Vaccination North-Western Provinces and Oudh 1878-1895 - 1878-1895
Year: 1878
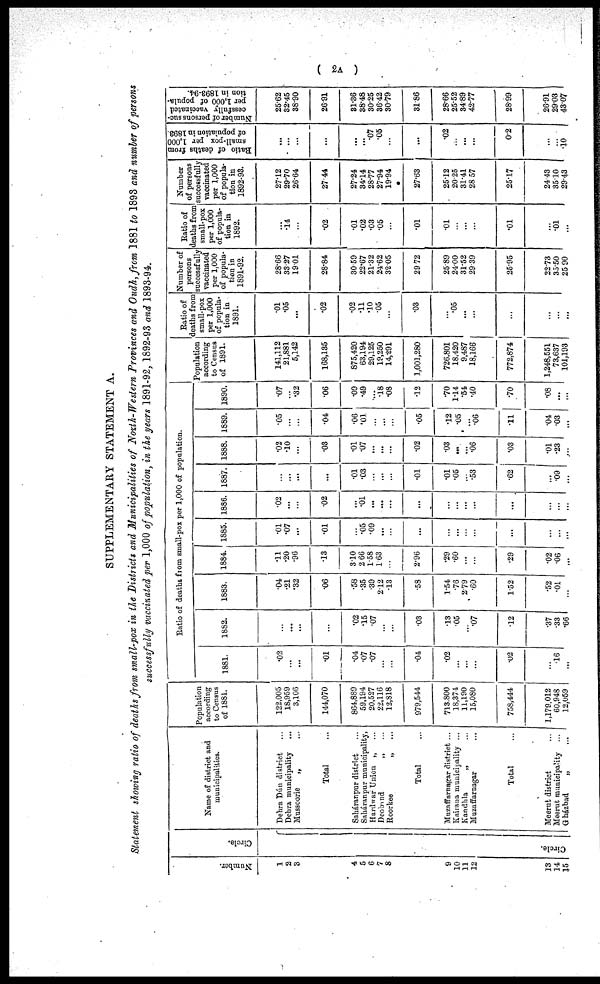
( 2A )
SUPPLEMENTARY STATEMENT A.
Statement showing ratio of deaths from small-pox in the Districts and Municipalities of North-Western Provinces and Oudh, from 1881 to 1893 and number of persons
successfully vaccinated per 1,000 of population, in the years 1891-92, 1892-93 and 1893-94.
Number.
1
2
3
4
5
6
7
8
9
10
11
12
13
14
15
Circle.
Circle.
Name of district and
municipalities.
Dehra Dun district ...
Dehra municipality ...
Mussoorie
„ ...
Total ...
Saháranpur district ...
Saháranpur municipality,
Hardwar Union „ ...
Deoband
„ ...
Roorkee
„ ...
Total ...
Muzaffarnapar district ...
Kairana municipality ...
Kandhla
„ ...
Muzaffarnagar ...
Total...
Meerut district ...
Meerut municipality ...
Gházbud
„
...
Population
according
to Census
of 1881.
122,005
18,959
3,106
144,070
864,889
59,194
20,527
22,116
12,S18
979,544
713.800
18,374
11,190
15,080
758,444
1,179,012
60,948
12,059
Ratio of deaths from small-pox per 1,000 of population.
1881.
.02
...
...
.01
.04
.07
.07
...
...
.04
.03
... ...
...
.02
...
.16
...
1882.
...
...
...
...
.02
.15
.07
...
...
.03
13
.05
...
.07
.12
.37
.33
.66
1883.
.04
.21
.32
.06
.58
.35
.39
2.12
.13
.58
1.54
.76
2.79
.60
1.52
.52
.01
...
1884.
.11
.20
.96
.13
3.10
2.66
1.58
1.63
...
2.96
.29
.60
...
...
.29
.02
.06
...
1885.
.01
.07
...
.01
...
.05
.09
...
...
...
...
...
...
...
...
...
...
...
1886.
.02
...
...
.02
...
.01
...
...
...
...
...
...
...
...
...
...
...
...
1887.
...
...
...
...
.01
.03
...
...
...
.01
.01
.05
...
.53
.62
...
.09
...
1888.
.02
.10
...
.03
.01
.07
...
...
...
.02
.03
...
...
.06
.03
.01
.23
...
1889.
.05
...
...
.04
.06
.01
...
...
...
.05
.12
.05
. 05
.06
.11
.04
.03
...
1890.
.07
...
.32
.06
.09
.49
...
.18
.08
.12
.70
1.14
.54
.40
.70
.08
...
...
Population
according
to Census
of 1891.
141,112
21,881
5,142
168,135
875,420
63,194
29,125
19,250
14,291
1,001,280
726,801
18,420
9,487
18,166
772,874
1,248,551
73,637
101,193
Ratio of
deaths from
small-pox
per 1,000
of popula-
tion in
1891.
.01
.05
...
.02
.02
.11
.10
.05
...
.03
...
.05
...
...
...
...
...
...
Number of
persons
successfully
vaccinated
per 1,000
of popula-
tion in
1891.92.
28.66
33.27
19.01
28.84
30.59
22.67
21.32
24.62
32.05
29.72
25.89
24.00
31.52
29.39
25.95
22.73
35.50
25.90
Ratio of
deaths from
small-pox
per 1,000
of popula-
tion in
1892.
...
.14
...
.02
.01
.02
.03
.05
...
.01
.01
... ...
...
.01
...
.01
...
Number
of persons
successfully
vaccinated
per 1,000
of popula-
tion in
1892.93.
27.12
29.70
26.64
27.44
27.24
34.14
28.77
27.94
19.94
27.63
25.12
20.25
31.41
28.57
25.17
24.43
35.10
29.43
Ratio of deaths from
small-pox per 1,000
of population in 1893.
...
...
...
...
...
...
.07
.05
...
...
.02
... ...
...
0.2
...
...
.10
Number of persons suc-
cessfully vaccinated
per 1,000 of popula-
tion in 1893.94.
25.62
32.45
38.90
26.91
31.36
38.48
30.25
36.42
30.79
31.86
28.66
25.52
34.89
42.77
28.99
26.91
29.03
43.00